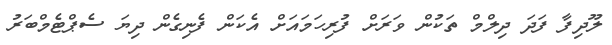
ލޫދިފާ ފަދަ ދިލްމް ތަކުން ވަރަށް ފުރިހަމައަށް އެކަން ފެނިގެން ދިޔަ ސެޕްޓެމްބަރު